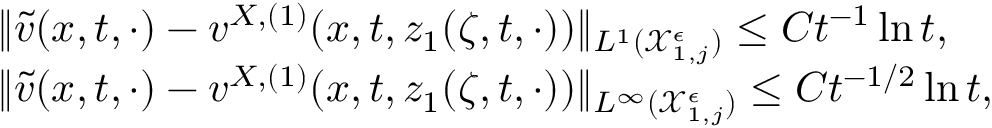
\begin{array} { r l } & { \| \tilde { v } ( x , t , \cdot ) - v ^ { X , ( 1 ) } ( x , t , z _ { 1 } ( \zeta , t , \cdot ) ) \| _ { L ^ { 1 } ( \mathcal { X } _ { 1 , j } ^ { \epsilon } ) } \leq C t ^ { - 1 } \ln t , } \\ & { \| \tilde { v } ( x , t , \cdot ) - v ^ { X , ( 1 ) } ( x , t , z _ { 1 } ( \zeta , t , \cdot ) ) \| _ { L ^ { \infty } ( \mathcal { X } _ { 1 , j } ^ { \epsilon } ) } \leq C t ^ { - 1 / 2 } \ln t , } \end{array}